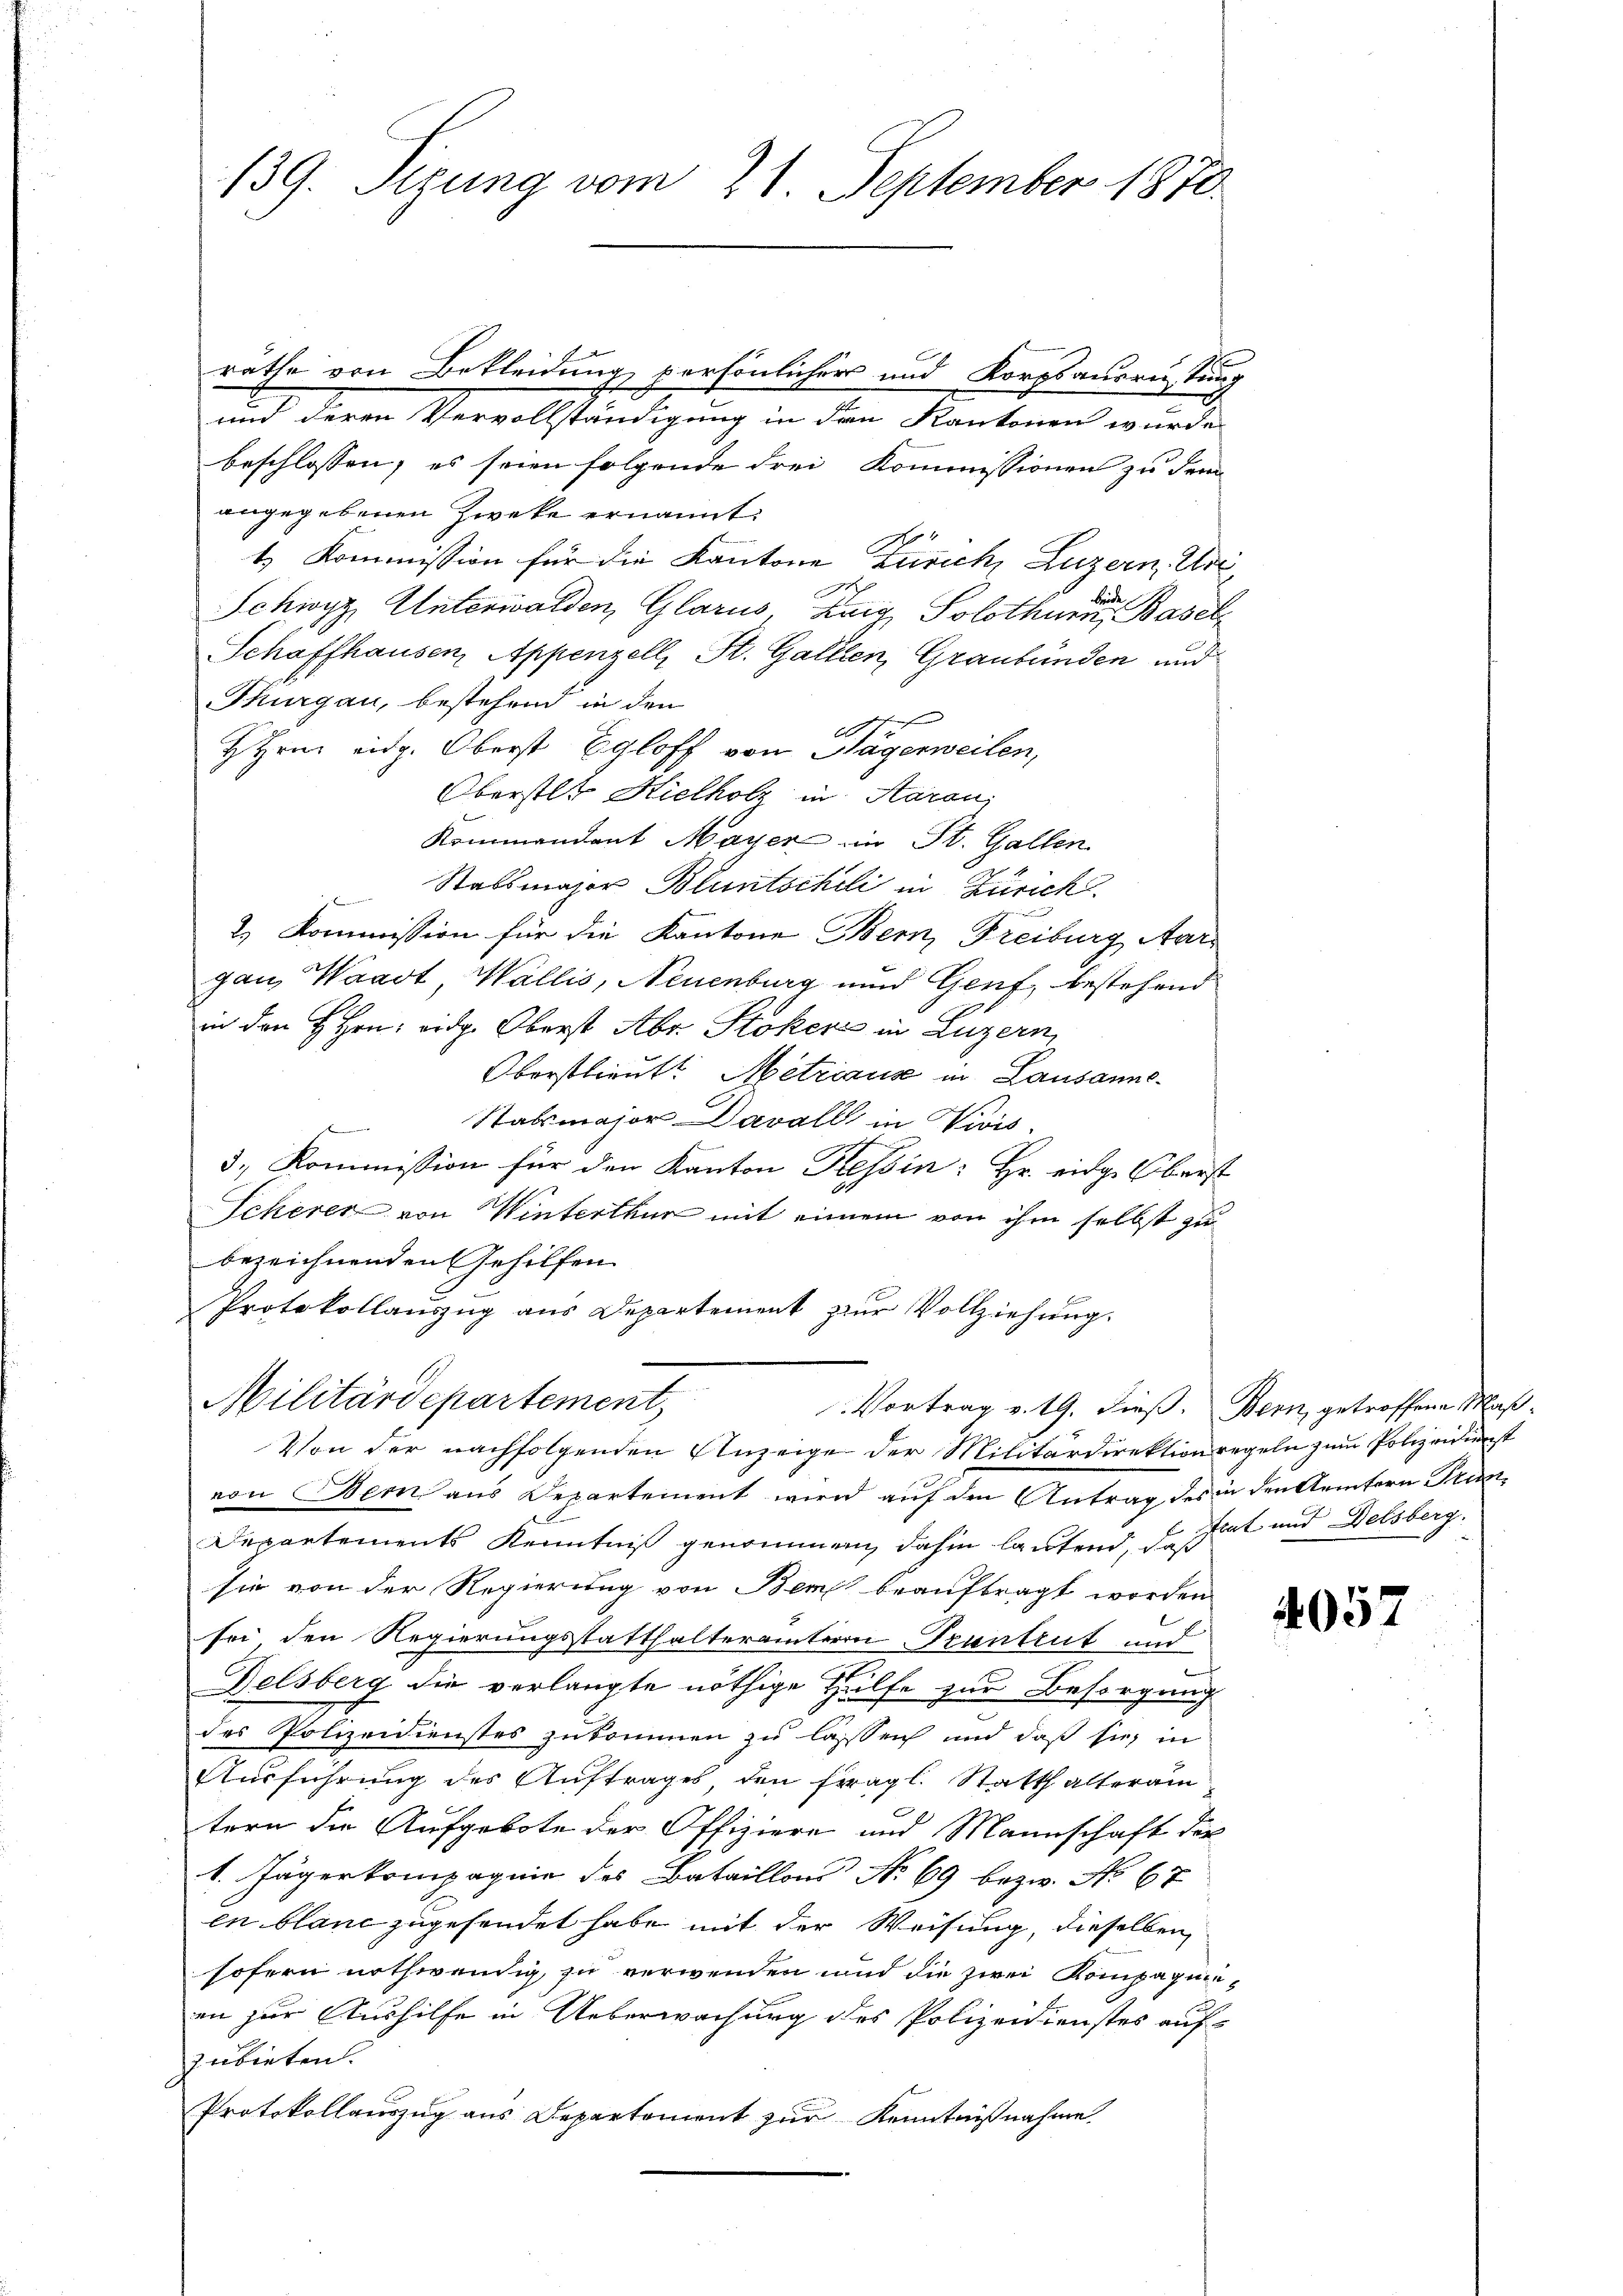
139. Sizung vom 21. September 1870.

räthe von Bekleidung persönlicher und Korpsauernstun-
und deren Vervollständigung in den Kantonen wurde
beschlossen; es seien folgende drei Kommissionen zu dem
angegebenen Zwecke ernannt:
1. Kommission für die Kantone Zürich, Luzern, Ur¬
.
de
Schwyz, Unterwalden, Glarus, Haig Solothurn, Basel
Schaffhausen, Appenzell, St. Gallen, Graubünden und
Thurgau, bestehend in den
e
HHrn. eidg. Oberst Egloff von Tägerweilen,
Oberstet. Hielholz in Aarau,
Kommendant Mayer im St. Gallen
Stabsmajor Bluntscheli in Zürich
2., Kommission für die Kantone Bern, Freiburg, Aargau, Waadt, Wallis, Neuenburg und Genf, bestehend
in den H Hrn. eidg. Oberst Aber Stoker in Luzern,
Oberstlieut. Mitzians in Lausanne¬
Stabsmajor Davall in Nivis
d
3., Kommission für den Kanton Tessin: Hr. eidg. Oberst
Scherer von Winterthur mit einem von ihm selbst zu
bezeichnenden Gehilfen
Protokollauszug aus Departement zur Vollziehung.
Militärdepartement,
Vortrag v. 19. dieß. Bern, getroffene Maß¬
Von der nachfolgenden Anzeige der Militärdirektion regeln zum Polizeidienst
von Bern aus Departement wird auf den Antrag des in den Aemtern Trun
Departements Kenntniß genommen, dahin lautend, da hat und Delsberg.
sie von der Regierung von Bem beauftragt worden
sei, den Regierungsstatthalterämtern Trantrut und
Delsberg die verlangte nöthige Hülfe zur Besorgung
des Polizeidienstes zukommen zu lassen und daß sie in
Ausführung des Auftrages den fragl. Statthalteram
tern die Aufgebote der Offiziere und Mannschaft der
1. Jägerkompagnie des Bataillon No 69 bezw. No 67
en blanc zugehendet habe mit der Weisung, dieselben
sofern nothwendig zu verwenden und die zwei Kompagnieen zur Aushilfe in Ueberwachung des Polizeidienstes aufzubieten.
Protokollauszug aus Departement zur Kenntnißnahme

05